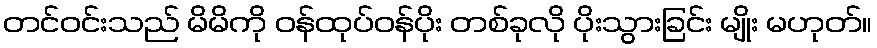
တင်ဝင်းသည် မိမိကို ဝန်ထုပ်ဝန်ပိုး တစ်ခုလို ပိုးသွားခြင်း မျိုး မဟုတ်။